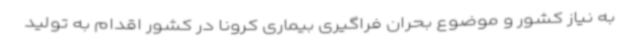
به نیاز کشور و موضوع بحران فراگیری بیماری کرونا در کشور اقدام به تولید